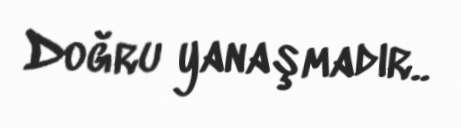
Doğru yanaşmadır..